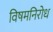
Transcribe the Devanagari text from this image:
विषमनिरोध